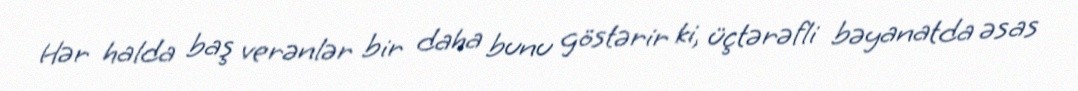
Hər halda baş verənlər bir daha bunu göstərir ki, üçtərəfli bəyanatda əsas